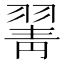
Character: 𦑖